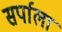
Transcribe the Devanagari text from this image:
सर्पाला